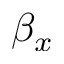
\beta _ { x }